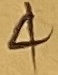
Text: 44